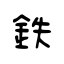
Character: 鉄